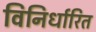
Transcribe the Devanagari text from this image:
विनिर्धारित